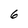
Character: 6